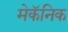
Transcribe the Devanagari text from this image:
मेकॅनिक